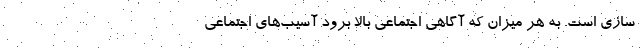
سازی است. به هر میزان که آگاهی اجتماعی بالا برود آسیب‌های اجتماعی